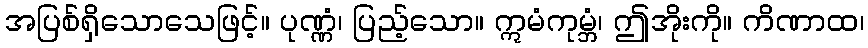
အပြစ်ရှိသောသေဖြင့်။ ပုဏ္ဏံ၊ ပြည့်သော။ ဣမံကုမ္ဘံ၊ ဤအိုးကို။ ကိဏာထ၊